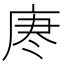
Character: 𫷯